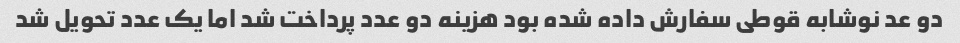
دو عد نوشابه قوطی سفارش داده شده بود هزینه دو عدد پرداخت شد اما یک عدد تحویل شد